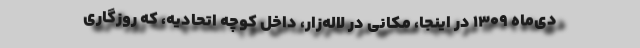
دی‌ماه ۱۳۰۹ در اینجا، مکانی در لاله‌زار، داخل کوچه اتحادیه، که روزگاری